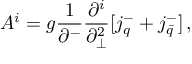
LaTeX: A ^ { i } = g \frac { 1 } { \partial ^ { - } } \frac { \partial ^ { i } } { \partial _ { \perp } ^ { 2 } } [ j _ { q } ^ { - } + j _ { \bar { q } } ^ { - } ] \, ,